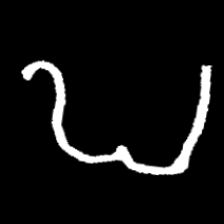
Pyu character \u2014 Myanmar letter: ဎ (romanized: ddha)